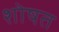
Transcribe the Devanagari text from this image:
शोषत